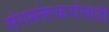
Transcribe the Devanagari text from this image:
संगमनेरकरांसाठी